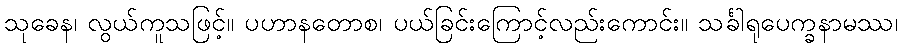
သုခေန၊ လွယ်ကူသဖြင့်။ ပဟာနတောစ၊ ပယ်ခြင်းကြောင့်လည်းကောင်း။ သင်္ခါရုပေက္ခနာမဿ၊